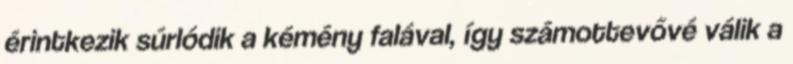
érintkezik súrlódik a kémény falával, így számottevővé válik a